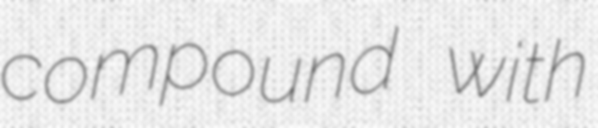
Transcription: compound with